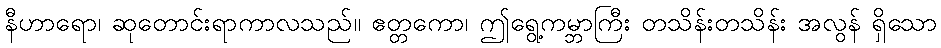
နီဟာရော၊ ဆုတောင်းရာကာလသည်။ ဧတ္တကော၊ ဤရွေ့ကမ္ဘာကြီး တသိန်းတသိန်း အလွန် ရှိသော